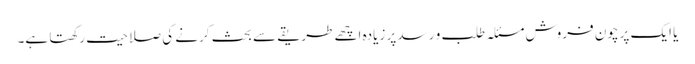
یا ایک پرچون فروش مسئلہ طلب و رسد پر زیادہ اچھے طریقے سے بحث کرنے کی صلاحیت رکھتا ہے۔